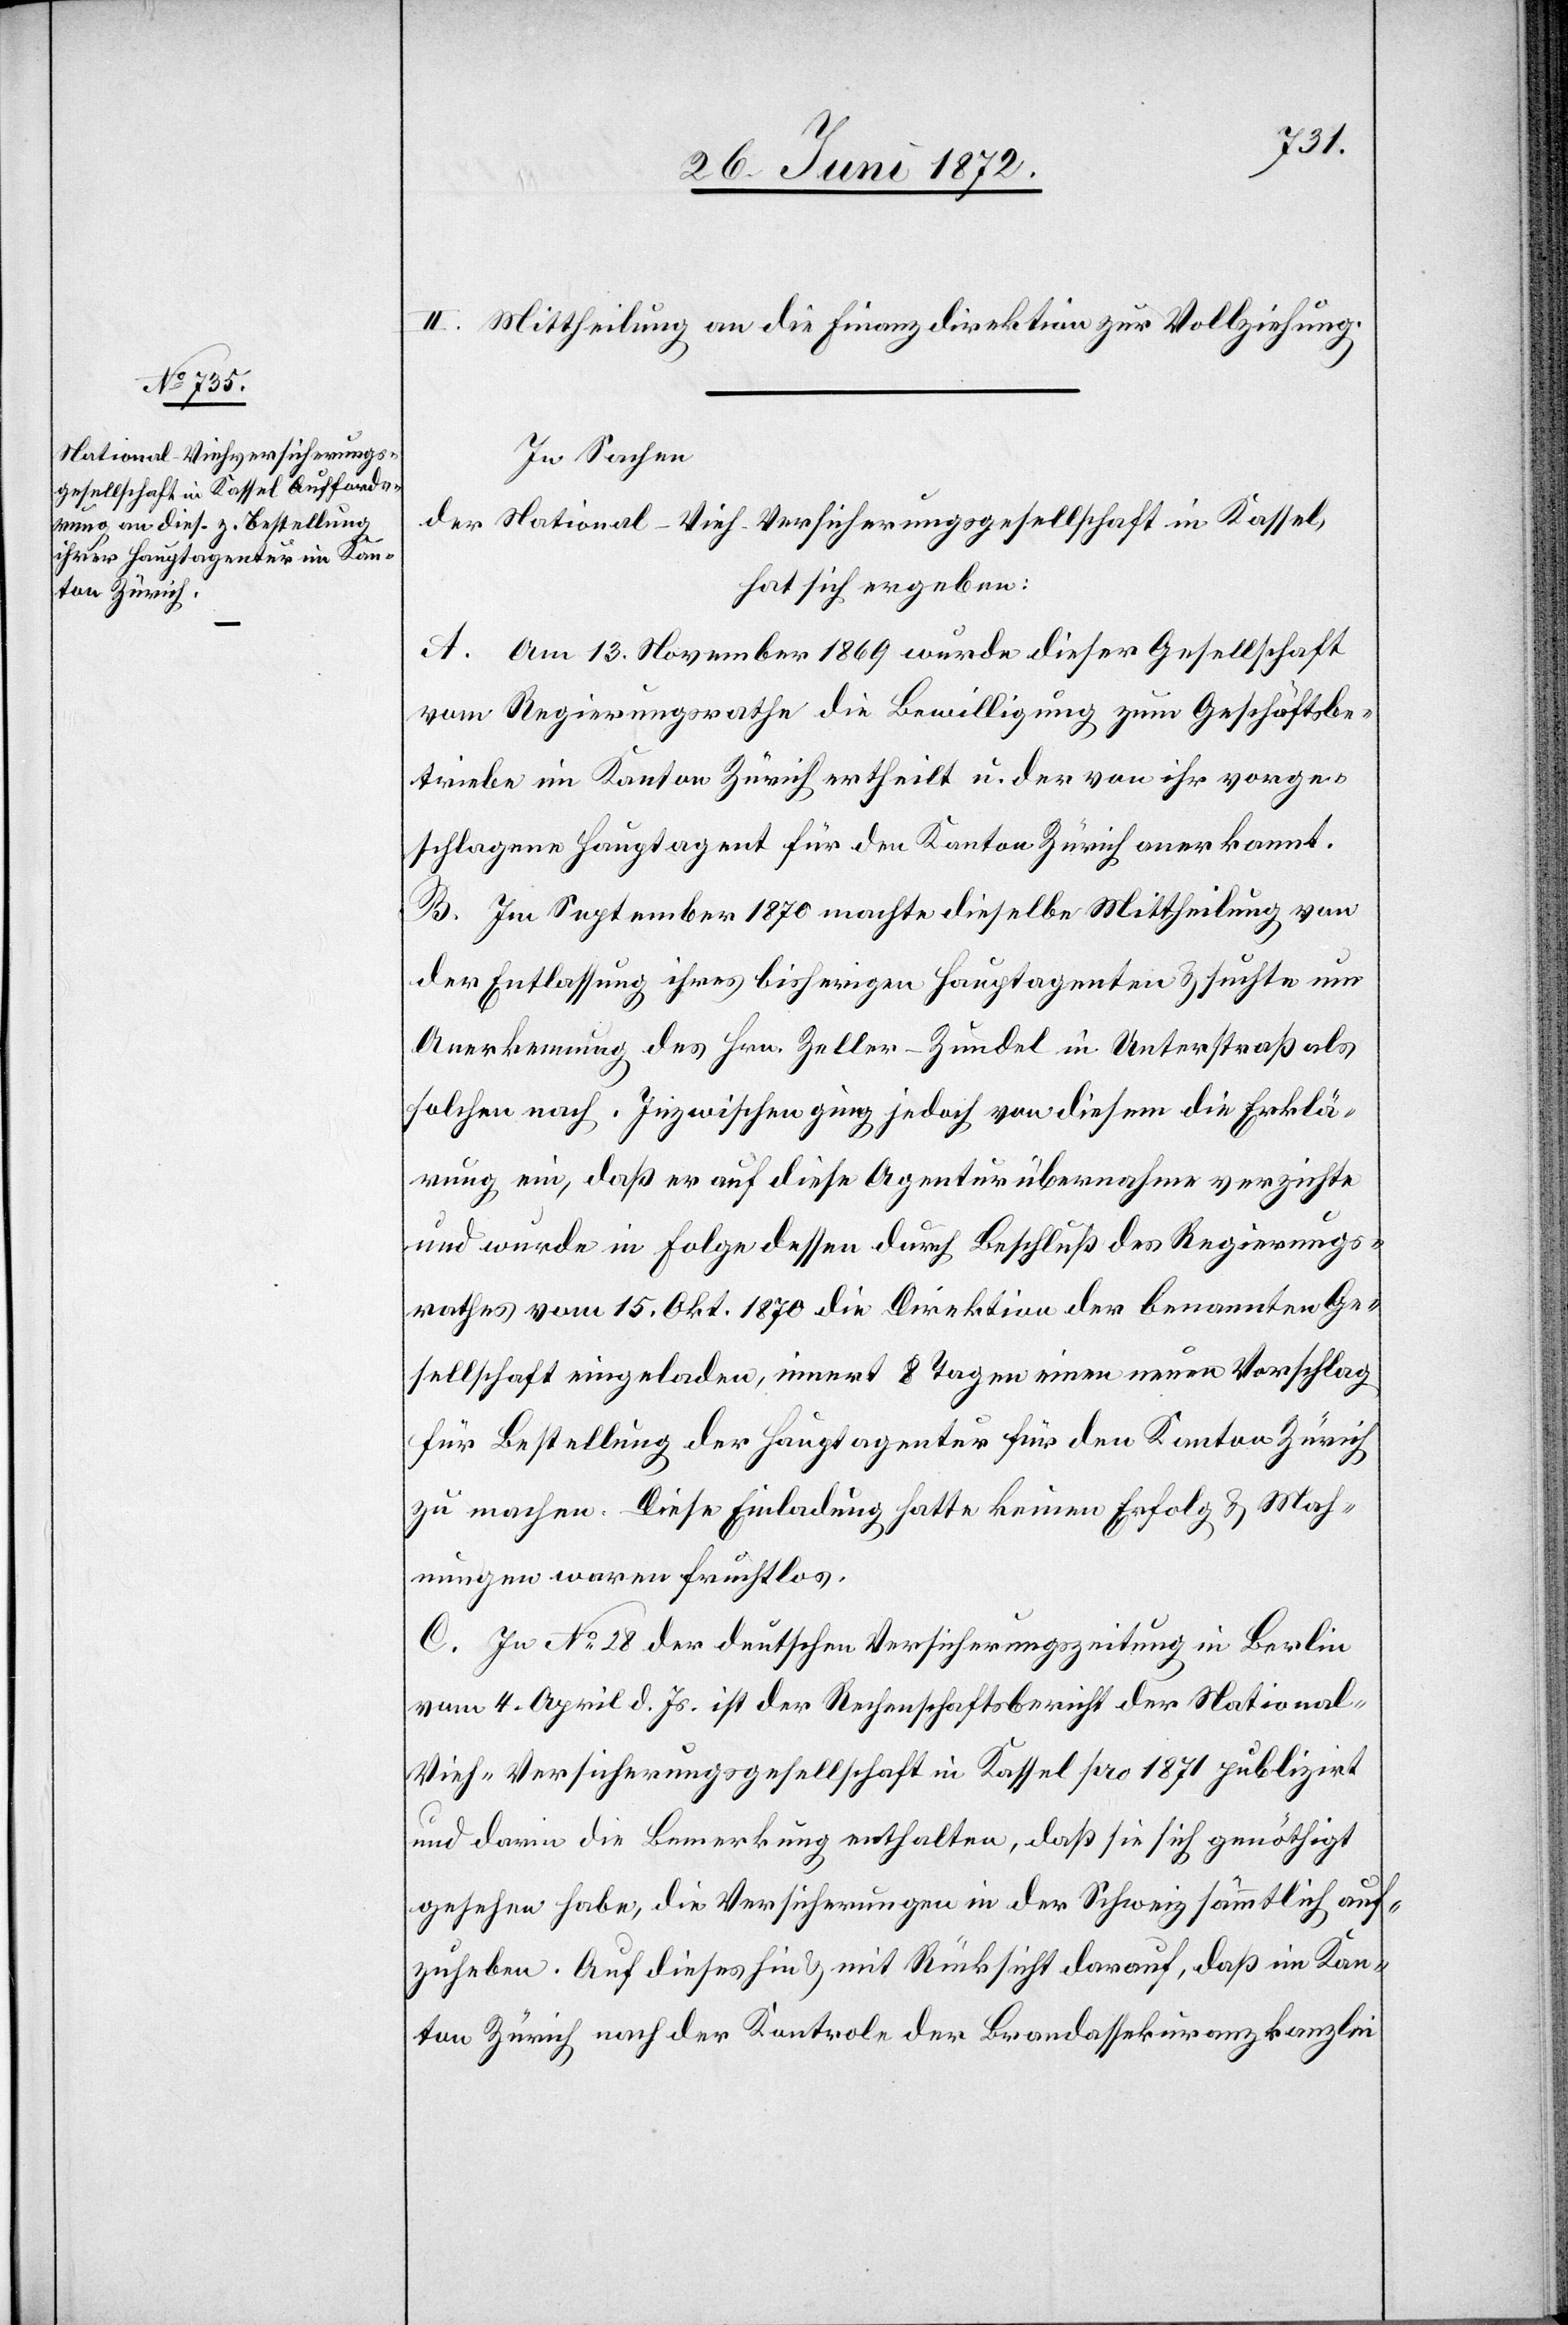
III. Mittheilung an die Finanzdirektion zur Vollziehung.
In Sachen
der National-Vieh-Versicherungsgesellschaft in Kassel,
hat sich ergeben:
A. Am 13. November 1869 wurde dieser Gesellschaft
vom Regierungsrathe die Bewilligung zum Geschäftsbe¬
triebe im Kanton Zürich ertheilt u. der von ihr vorge¬
schlagene Hauptagent für den Kanton Zürich anerkannt.
B. Im September 1870 machte dieselbe Mittheilung von
der Entlassung ihres bisherigen Hauptagenten u. suchte um
Anerkennung des Hrn. Zeller-Zundel in Unterstraß als
solchen nach. Inzwischen ging jedoch von diesem die Erklä¬
rung ein, daß er auf diese Agenturübernahme verzichte
und wurde in Folge dessen durch Beschluß des Regierungs¬
rathes vom 15. Okt. 1870 die Direktion der benannten Ge¬
sellschaft eingeladen, innert 8 Tagen einen neuen Vorschlag
für Bestellung der Hauptagentur für den Kanton Zürich
zu machen. Diese Einladung hatte keinen Erfolg u. Mah¬
nungen waren fruchtlos.
C. In No 28 der deutschen Versicherungszeitung in Berlin
vom 4. April d. Js. ist der Rechenschaftsbericht der National-V¬
ieh-Versicherungsgesellschaft in Kassel pro 1871 publizirt
und darin die Bemerkung enthalten, daß sie sich genöthigt
gesehen habe, die Versicherungen in der Schweiz sämmtlich auf¬
zuheben. Auf dieses hin u. mit Rücksicht darauf, daß im Kan¬
ton Zürich nach der Kontrole der Brandassekuranzkanzlei